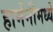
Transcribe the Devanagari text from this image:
हार्मनीमध्ये